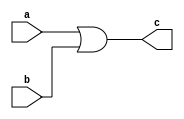
module E_OR(input a,b, output reg c);

initial
begin
	c = 1'b0;
end

always @(*)begin
	c = a|b;
end

endmodule